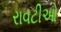
રાવટીઓ